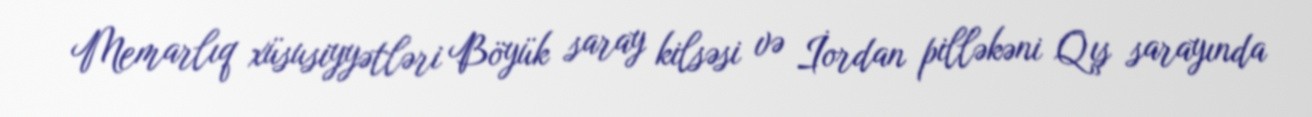
Memarlıq xüsusiyyətləri Böyük saray kilsəsi və İordan pilləkəni Qış sarayında